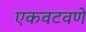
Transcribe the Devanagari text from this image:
एकवटवणे